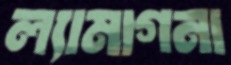
ল্যামাগনা